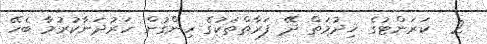
2  ކަރަންޓުގެ ޚިދުމަތް ދޭ ފަރާތްތަކުގެ ހިންގުން ހަރުދަނާކުރުމާ ބެހޭ